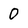
Character: 0